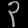
Digit: ၃